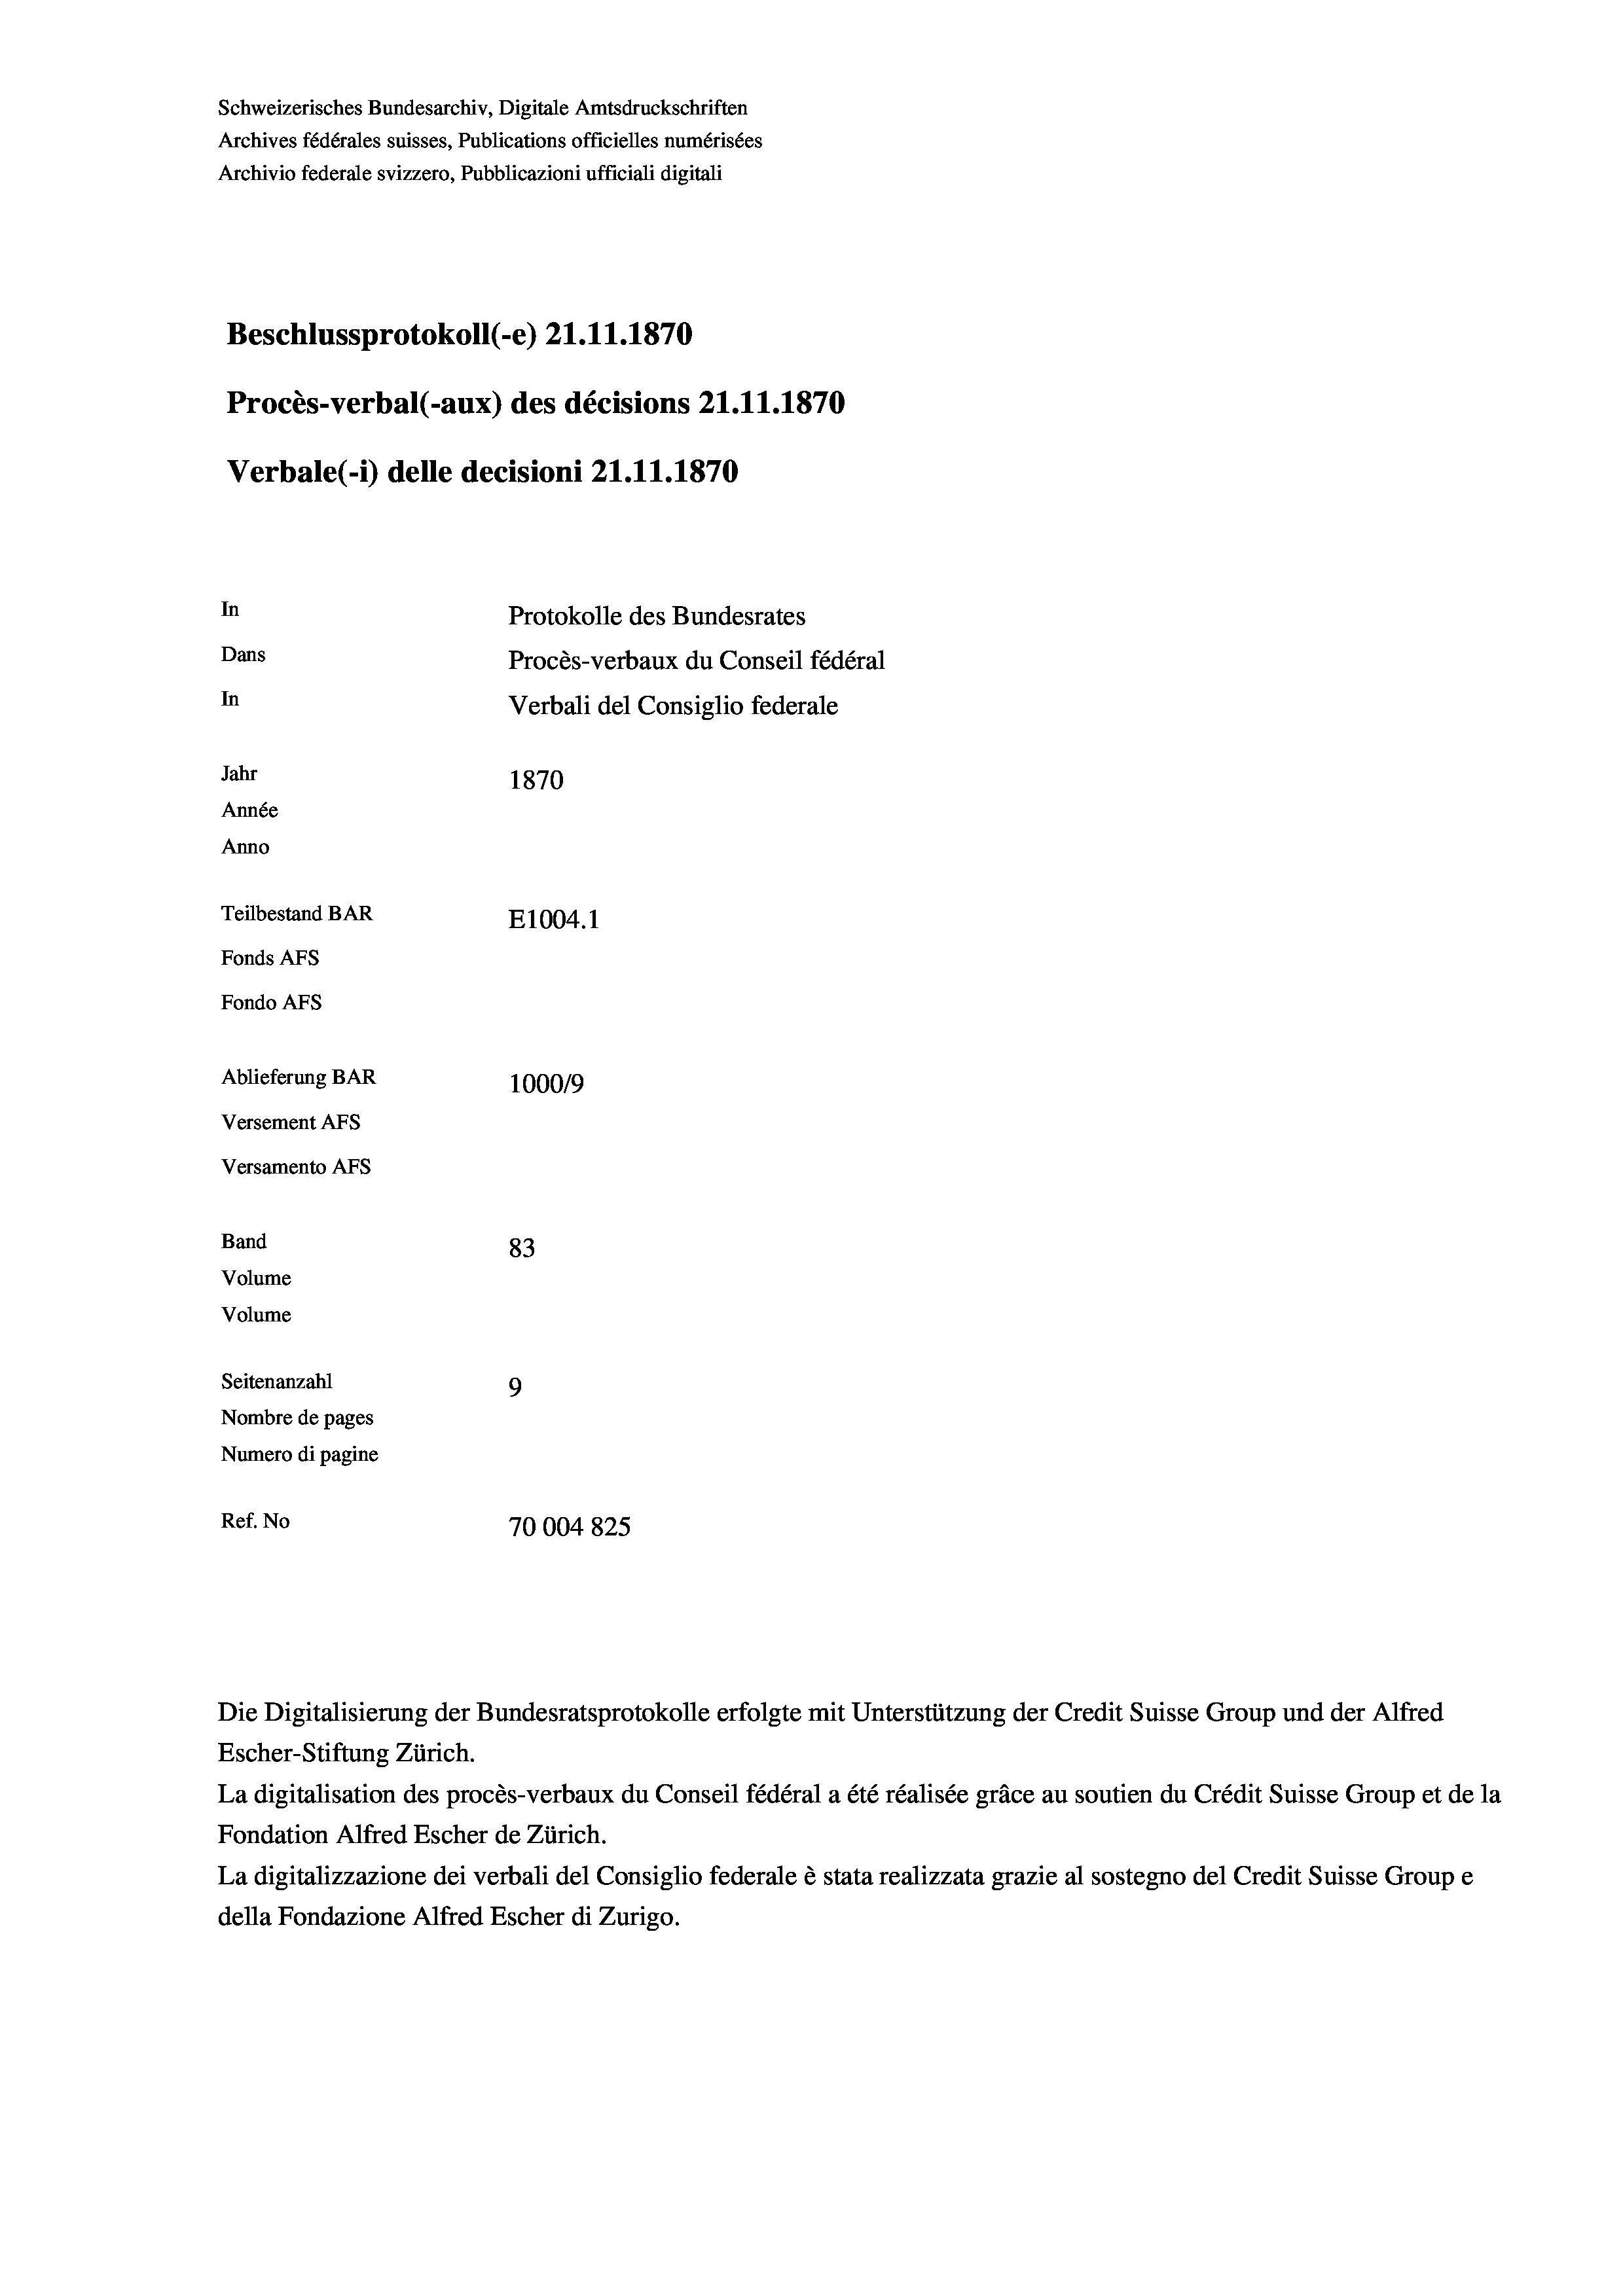
Schweizerisches Bundesarchiv, Digitale Amtsdruckschriften
Archives fédérales suisses, Publications officielles numérisées
Archivio federale svizzero, Pubblicazioni ufficiali digitali
Beschlussprotokoll (-e) Z1.11.1870
Procès-verbal (-aux) des décisions 21.11.1870
Verbale(1) delle decisioni 21.11.1870
In
Protokolle des Bundesrates
Dans
Procès-verbaux du Conseil fédéral
In
Verbali del Consiglio federale
Jahr
1870
Année
Anno
Teilbestand BAR
E1004.1
Fonds AFs
Fondo AFs
Ablieferung BAR
100019
Versement AFS
Versamento Afs
Band
83
Volume
Volume
Seitenanzahl
9
Nombre de pages
Numero di pagine
Ref. No
70004 825

Escher-Stiftung Zürich.
La digitalisation des procès-verbaux du Conseil fédéral a été réalisée gräce au soutien du Crédit Suisse Group et de la
Fondation Alfred Escher de Zürich.
La digitalizzazione dei verbali del Consiglio federale è stata realizzata grazie al sostegno del Credit Suisse Groupe
della Fondazione Alfred Escher di Zurigo.

Die Digitalisierung der Bundesratsprotokolle erfolgte mit Unterstützung der Credit Suisse Group und der Alfred